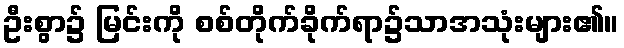
ဦးစွာ၌ မြင်းကို စစ်တိုက်ခိုက်ရာ၌သာအသုံးများ၏။